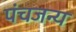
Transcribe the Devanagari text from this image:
पंचजन्य